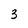
Character: 3